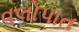
વલોપાત